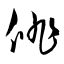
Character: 俳